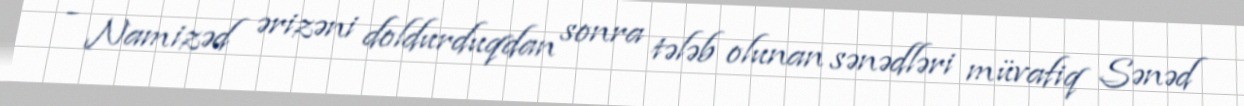
- Namizəd ərizəni doldurduqdan sonra tələb olunan sənədləri müvafiq Sənəd